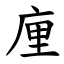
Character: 㢆